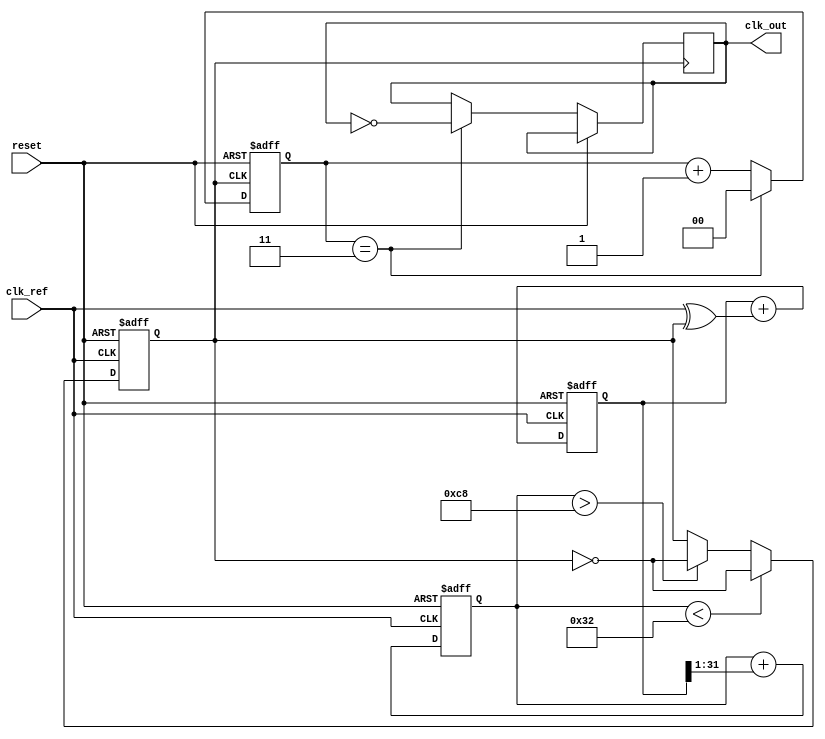
module low_jitter_pll (
    input wire clk_ref,           // Reference clock input
    input wire reset,             // Reset signal
    output wire clk_out           // Output clock
);

    // Parameters for the PLL
    parameter DIV_RATIO = 4;      // Frequency divider ratio
    parameter VCO_MAX_FREQ = 200; // Maximum VCO frequency in MHz
    parameter VCO_MIN_FREQ = 50;  // Minimum VCO frequency in MHz

    // Internal signals
    reg [31:0] phase_error;        // Phase error signal from PD
    wire vco_control;              // Control voltage for VCO
    reg clk_vco;                   // VCO output clock
    reg [1:0] counter;             // Divider counter

    // Phase Detector (PD)
    always @(posedge clk_ref or posedge reset) begin
        if (reset) begin
            phase_error <= 0;
        end else begin
            // Simple phase comparison logic
            phase_error <= phase_error + (clk_ref ^ clk_vco);
        end
    end

    // Loop Filter (LF)
    reg [31:0] control_voltage;
    always @(posedge clk_ref or posedge reset) begin
        if (reset) begin
            control_voltage <= 0;
        end else begin
            // Simple first-order filter (for demonstration purposes)
            control_voltage <= control_voltage + (phase_error >> 1);
        end
    end

    // Voltage-Controlled Oscillator (VCO)
    always @(posedge clk_ref or posedge reset) begin
        if (reset) begin
            clk_vco <= 0;
        end else begin
            // Simple VCO model: control frequency based on control_voltage
            if (control_voltage < VCO_MIN_FREQ) 
                clk_vco <= ~clk_vco; // Frequency toggling for simplicity
            else if (control_voltage > VCO_MAX_FREQ)
                clk_vco <= ~clk_vco; // Frequency toggling for simplicity
        end
    end

    // Frequency Divider (FD)
    always @(posedge clk_vco or posedge reset) begin
        if (reset) begin
            counter <= 0;
        end else begin
            if (counter == DIV_RATIO-1) begin
                counter <= 0;
                clk_out <= ~clk_out; // Generate output clock
            end else begin
                counter <= counter + 1;
            end
        end
    end

endmodule